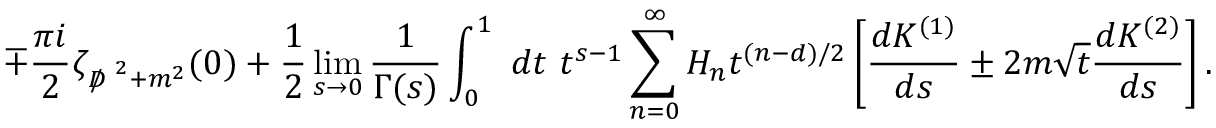
\mp \frac { \pi i } { 2 } \zeta _ { { D \! \! \! \! / } ^ { ~ 2 } + m ^ { 2 } } ( 0 ) + \frac { 1 } { 2 } \operatorname * { l i m } _ { s \to 0 } \frac { 1 } { \Gamma ( s ) } \int _ { 0 } ^ { 1 } ~ d t ~ t ^ { s - 1 } \sum _ { n = 0 } ^ { \infty } H _ { n } t ^ { { ( n - d ) } / { 2 } } \left[ \frac { d K ^ { ( 1 ) } } { d s } \pm 2 m \sqrt { t } \frac { d K ^ { ( 2 ) } } { d s } \right] .